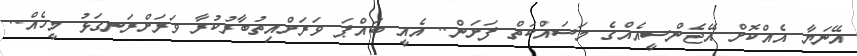
އޭނަޔާ އެއްކޮށް އޭޖެންސީއެއްގެ މަސައްކަތް ފަށަން.. އެއީ ބައްޕަ ވަރަށްއިތުބާރުކުރާ ވަރަށްރަނގަޅު މީހެއް..